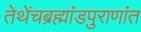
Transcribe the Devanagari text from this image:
तेथेंचब्रह्मांडपुराणांत